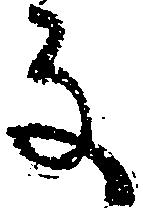
な